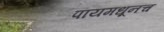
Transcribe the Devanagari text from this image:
पायमधूनच